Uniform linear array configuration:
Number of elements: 16
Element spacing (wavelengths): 1
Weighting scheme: exponential
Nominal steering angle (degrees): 30
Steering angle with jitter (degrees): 29.443
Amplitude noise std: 0.05
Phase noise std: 0.05

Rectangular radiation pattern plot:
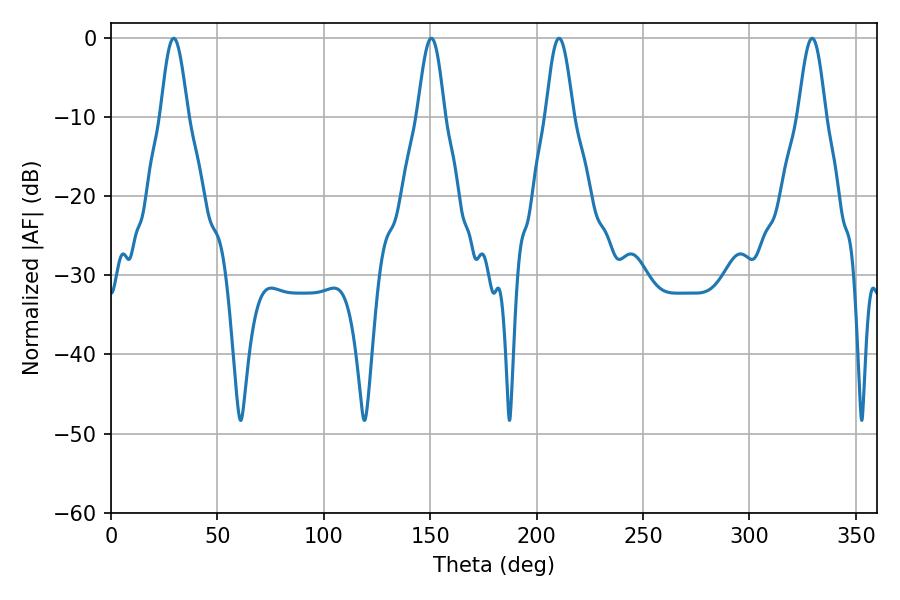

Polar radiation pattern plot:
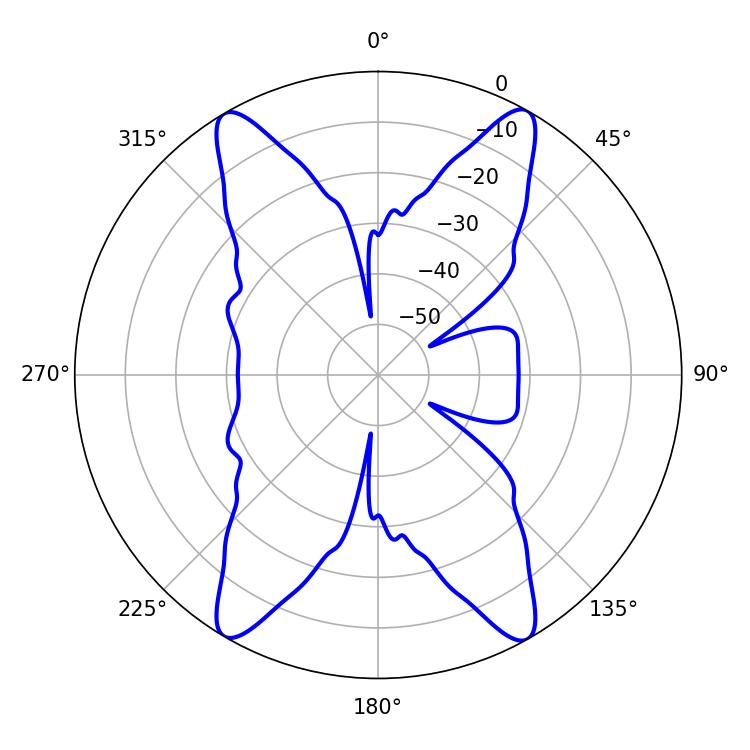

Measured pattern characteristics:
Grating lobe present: TRUE
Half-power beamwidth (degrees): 6.84
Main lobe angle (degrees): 29.52